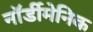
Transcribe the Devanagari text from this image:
नॉर्डीमेनिक